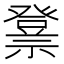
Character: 𱵫